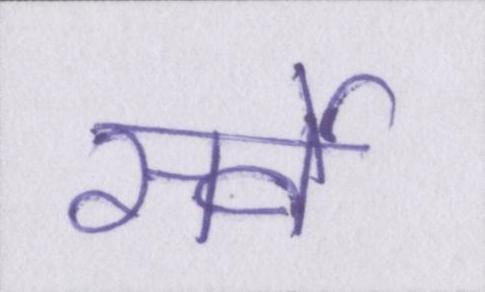
सर्वे